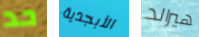
حد الأبجدية هيرالد